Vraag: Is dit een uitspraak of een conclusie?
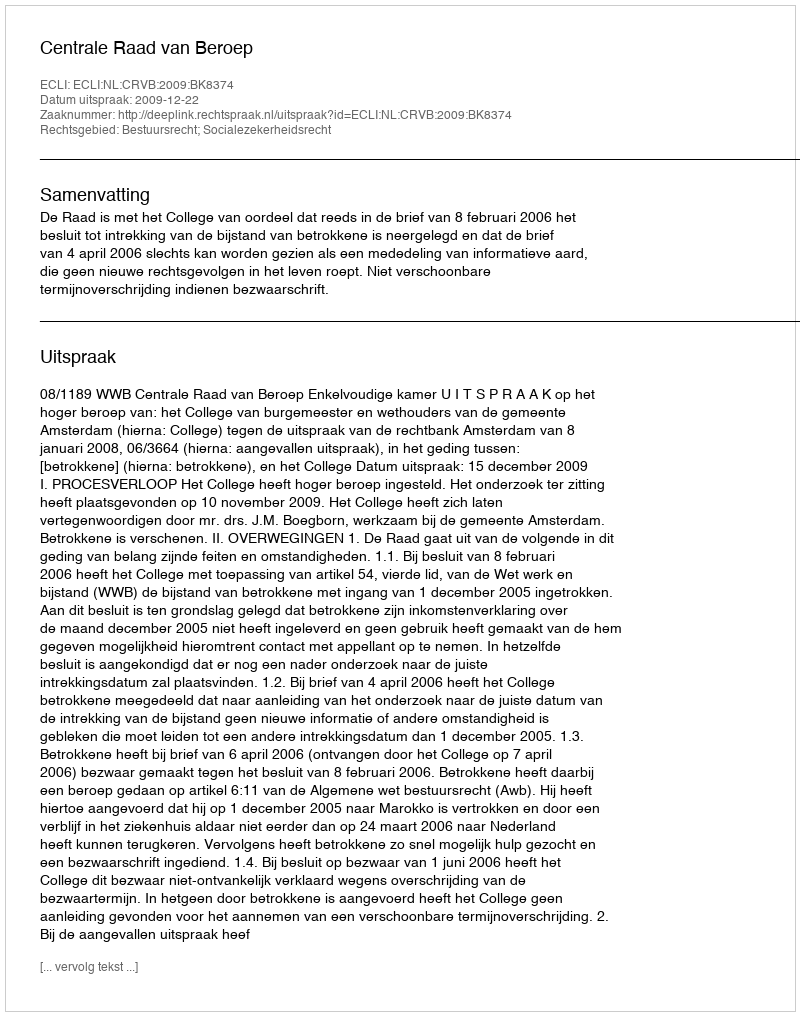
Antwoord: Uitspraak